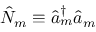
\hat { N } _ { m } \equiv \hat { a } _ { m } ^ { \dagger } \hat { a } _ { m }